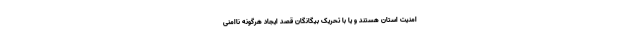
امنیت استان هستند و یا با تحریک بیگانگان قصد ایجاد هرگونه ناامنی